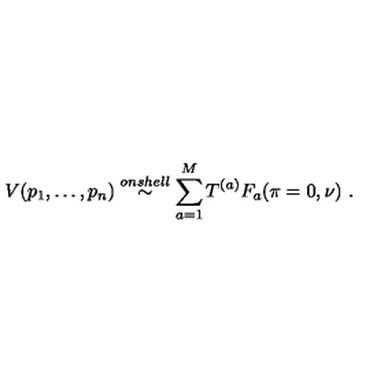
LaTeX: V ( p _ { 1 } , \ldots , p _ { n } ) \stackrel { o n s h e l l } { \sim } \sum _ { a = 1 } ^ { M } T ^ { ( a ) } F _ { a } ( \pi = 0 , \nu ) \ .